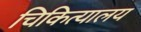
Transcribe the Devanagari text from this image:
चिकित्यालय